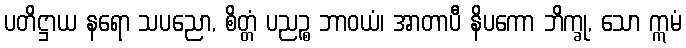
ပတိဋ္ဌာယ နရော သပညော, စိတ္တံ ပညဉ္စ ဘာဝယံ၊ အာတာပီ နိပကော ဘိက္ခု, သော ဣမံ